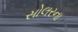
સોલરના